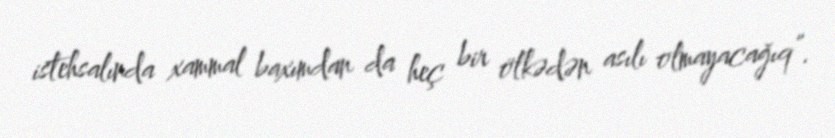
istehsalında xammal baxımdan da heç bir ölkədən asılı olmayacağıq”.